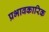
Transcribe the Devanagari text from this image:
प्रभावकारिक